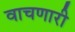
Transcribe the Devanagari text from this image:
वाचणारी